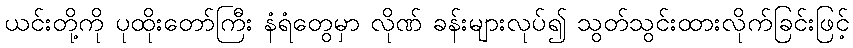
ယင်းတို့ကို ပုထိုးတော်ကြီး နံရံတွေမှာ လိုဏ် ခန်းများလုပ်၍ သွတ်သွင်းထားလိုက်ခြင်းဖြင့်